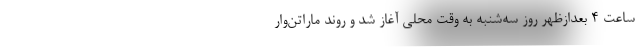
ساعت 4 بعدازظهر روز سه‌شنبه به وقت محلی آغاز شد و روند ماراتن‌وار